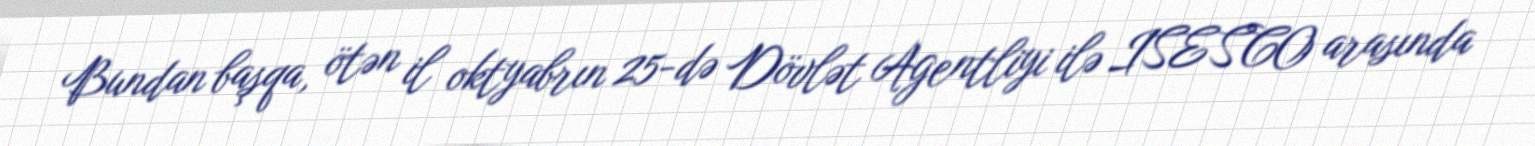
Bundan başqa, ötən il oktyabrın 25-də Dövlət Agentliyi ilə ISESCO arasında